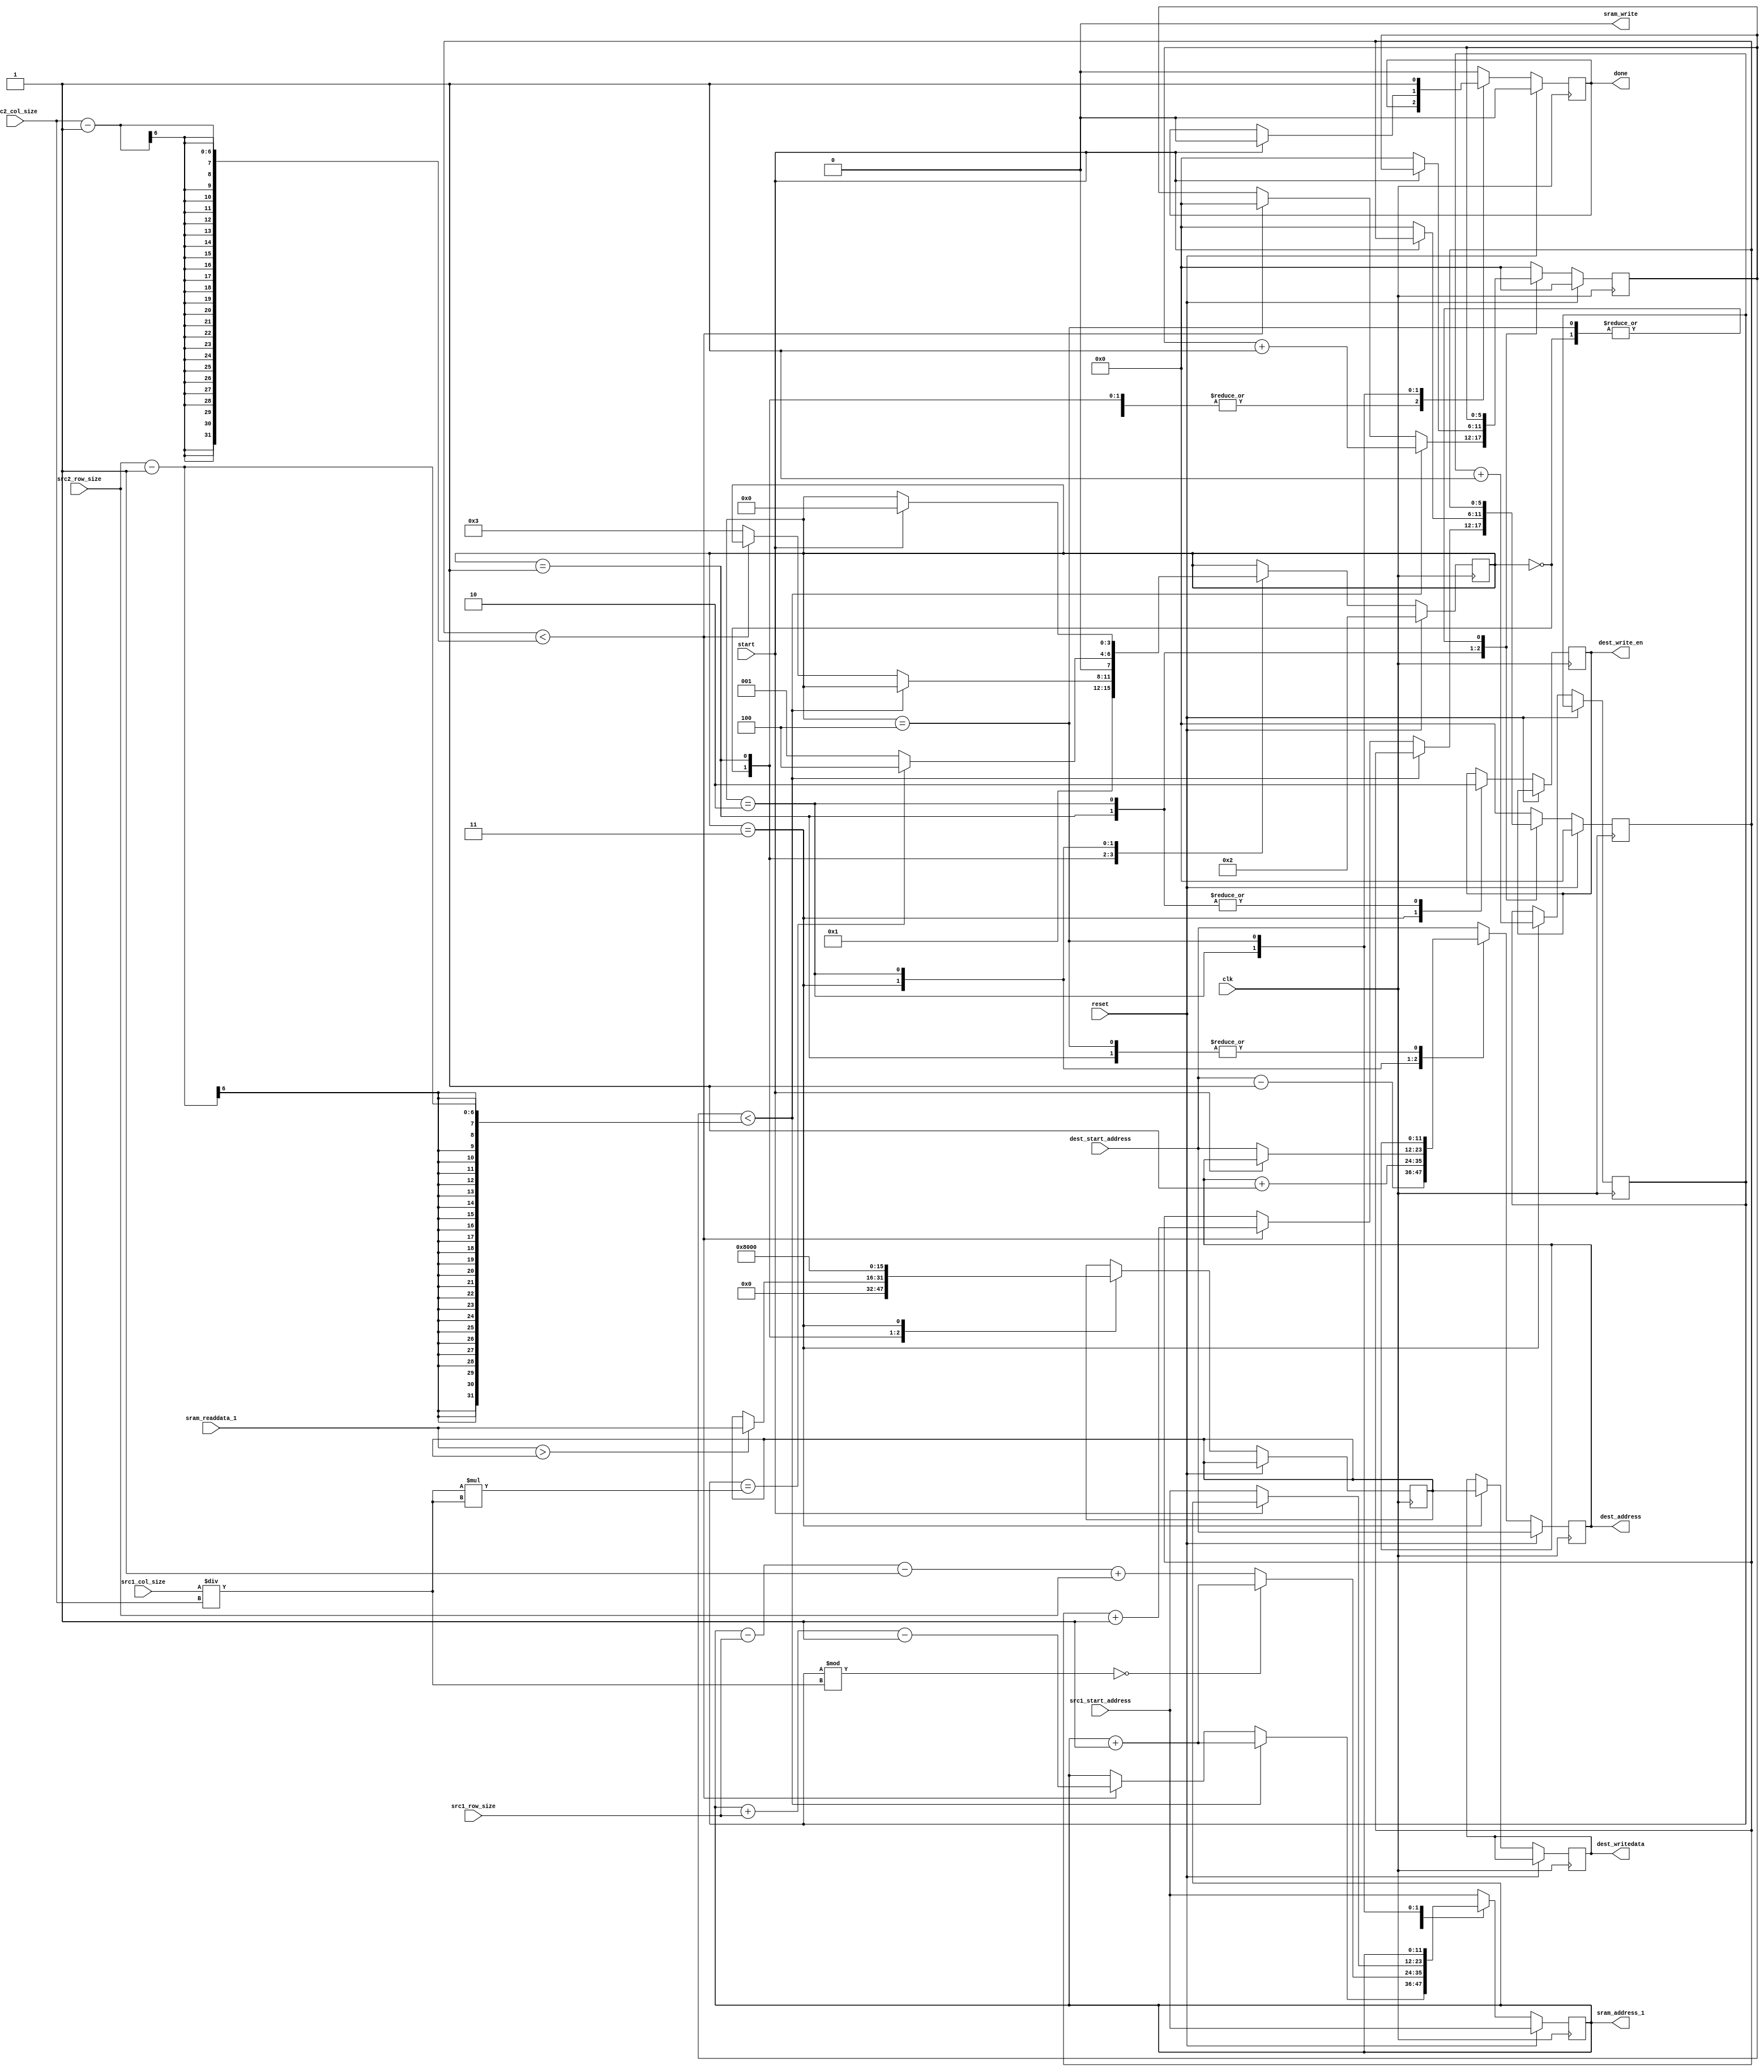
module max_pooling(
    input clk,
    input reset,
    input start,
    output reg done,
    input wire [11:0] src1_start_address,
    output reg [11:0] sram_address_1,
    input wire signed [15:0] sram_readdata_1,
    output wire sram_write,
    input wire [5:0] src1_row_size,
    input wire [5:0] src1_col_size,
    input wire [5:0] src2_row_size,
    input wire [5:0] src2_col_size,
    input wire [11:0] dest_start_address,
    output reg [11:0] dest_address,
    output reg signed [15:0] dest_writedata,
    output reg dest_write_en
);
    reg [5:0] row_count;
    reg [5:0] col_count;
    reg [5:0] row_index;
    reg [5:0] col_index;
    reg signed [15:0] max_pool=0;
    wire signed [5:0] dim;
   
    assign sram_write = 0;
    reg [3:0] state = 4'd2;
    reg [5:0] val = 1;
    
    assign dim = (src1_col_size/src2_col_size);

    always @(posedge clk) begin
    if(reset) begin

        state <= 4'd2;
        row_count<=0;
        col_count<=0;
        row_index <=0;
        col_index <= 0;
        sram_address_1<=src1_start_address;
        dest_address<=dest_start_address;
        done<=0;
		  
    end
    else begin
        case (state)
            4'd0: begin
                sram_address_1<=src1_start_address;
                dest_address<=dest_start_address-1;
                max_pool <= 0;
                state<=4'd1;
            end
            4'd1: begin
                if(row_count < src2_row_size-1) begin
                    sram_address_1 <= sram_address_1 + 1;
       
                    
                    row_count <= row_count+1;
                    if ($signed(sram_readdata_1) > $signed(max_pool))
                      max_pool <= $signed(sram_readdata_1);
                    dest_write_en <= 0;
                end
                else if (col_count < src2_col_size-1) begin
                  //  sram_address_1 <= sram_address_1 + 1;
                    sram_address_1 <= sram_address_1 + src1_row_size - 1;
                    col_count <= col_count+1;
                    row_count <= 0;
                    if ($signed(sram_readdata_1) > $signed(max_pool))
                      max_pool <= $signed(sram_readdata_1);
                    dest_write_en <= 0;
                end
                else begin
                    dest_write_en <= 0;
                    if ($signed(sram_readdata_1) > $signed(max_pool))
                      max_pool <= $signed(sram_readdata_1);              
                    state <= 4'd3;
                end
            end
            4'd3: begin
                     // sram_address_1 <= sram_address_1 + 1;
                      sram_address_1 <= sram_address_1 - src1_row_size - 1 + src2_row_size;
                      dest_writedata <= $signed(max_pool);
                      dest_write_en <= 1;
                      dest_address <= dest_address + 1;
                      val <= val + 1;
                      row_count <= 0;
                      col_count <= 0;
                      max_pool <=-32768;
                   
                    if(val % dim == 0)
                       sram_address_1 <= sram_address_1 + 1;
                    else
                       sram_address_1 <= sram_address_1 - src1_row_size - 1 + src2_row_size;

                   
 
                    if(val == (dim*dim))
                        state <= 4'd4; // Processing complete
                    else
                        state <= 4'd1; // Continue processing next block
                   
                end            
           
           
            4'd2: begin
                if(start == 1) begin
                    state <= 4'd0;
                    dest_write_en <= 0;
                    done <= 0;
                end	
                else begin
                    dest_write_en <= 0;
                    row_count<=0;
                    col_count<=0;
                    row_index <= 0;
                    col_index <=0;
                    sram_address_1<=src1_start_address;
                    dest_address<=dest_start_address;
                    //done<=0;
                end
            end
				
				4'd4: begin
					done <= 1'd1;
				end
				
            default: begin
                row_count<=0;
                col_count<=0;
                row_index <= 0;
                col_index <=0;                
                sram_address_1<=src1_start_address;
                dest_address<=dest_start_address;
                done<=0;
            end
        endcase
    end
    end
endmodule